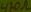
Text: 470Ω